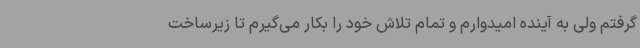
گرفتم ولی به آینده امیدوارم و تمام تلاش خود را بکار می‌گیرم تا زیرساخت